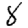
Digit: 8